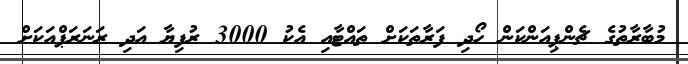
މުބާރާތުގެ ޗެންޕިއަންކަން ހޯދި ފަރާތަކަށް ތައްޓާއި އެކު 3000 ރުފިޔާ އަދި ރަނަރަޕްއަކަށް